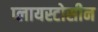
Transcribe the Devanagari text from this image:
प्लायस्टोसीन